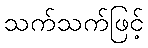
သက်သက်ဖြင့်